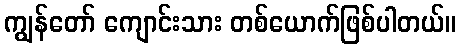
ကျွန်တော် ကျောင်းသား တစ်ယောက်ဖြစ်ပါတယ်။